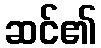
ဆင်၏